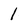
Character: l